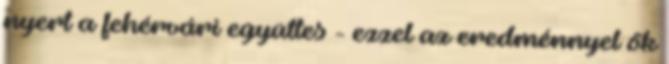
nyert a fehérvári együttes - ezzel az eredménnyel ők